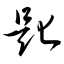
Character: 匙